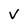
Character: V